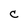
Character: c